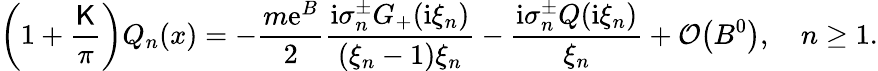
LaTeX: \left(1+\frac{\mathsf{K}}{\pi}\right)Q_{n}(x)=-\frac{m\mathrm{e}^{B}}{2}\frac{\mathrm{i}\sigma_{n}^{\pm}G_{+}(\mathrm{i}\xi_{n})}{(\xi_{n}-1)\xi_{n}}-\frac{\mathrm{i}\sigma_{n}^{\pm}Q(\mathrm{i}\xi_{n})}{\xi_{n}}+\mathcal{O}\big(B^{0}\big),\quad n\ge 1.